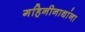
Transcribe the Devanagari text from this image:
गहिनीनाथांना